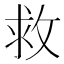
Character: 救